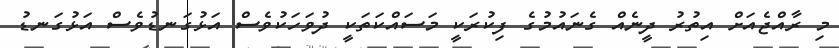
މި ރާއްޖެއަށް އިތުރު ދީނެއް ގެނައުމުގެ ފިކުރަކީ މަސައްކަތަކީ ދުވަހަކުވެސް އަޅުގަނޑުވެސް އަޅުގަނޑު